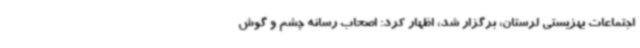
اجتماعات بهزیستی لرستان، برگزار شد، اظهار کرد: اصحاب رسانه چشم و گوش